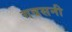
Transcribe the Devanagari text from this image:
गवसनी